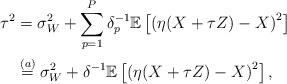
LaTeX: \begin{align*}\tau^2&=\sigma_W^2+\sum_{p=1}^{P}\delta_p^{-1}\mathbb{E}\left[\left(\eta(X+\tau Z)-X\right)^2\right]\\&\overset{(a)}{=}\sigma_W^2+\delta^{-1}\mathbb{E}\left[\left(\eta(X+\tau Z)-X\right)^2\right],\end{align*}